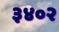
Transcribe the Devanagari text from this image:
३४०२